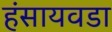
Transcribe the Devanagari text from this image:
हंसायवडा